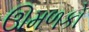
ઊમળકો